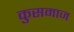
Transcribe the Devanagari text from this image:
कुसमाज